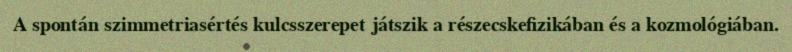
A spontán szimmetriasértés kulcsszerepet játszik a részecskefizikában és a kozmológiában.